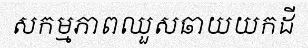
សកម្មភាពឈួសឆាយយកដី